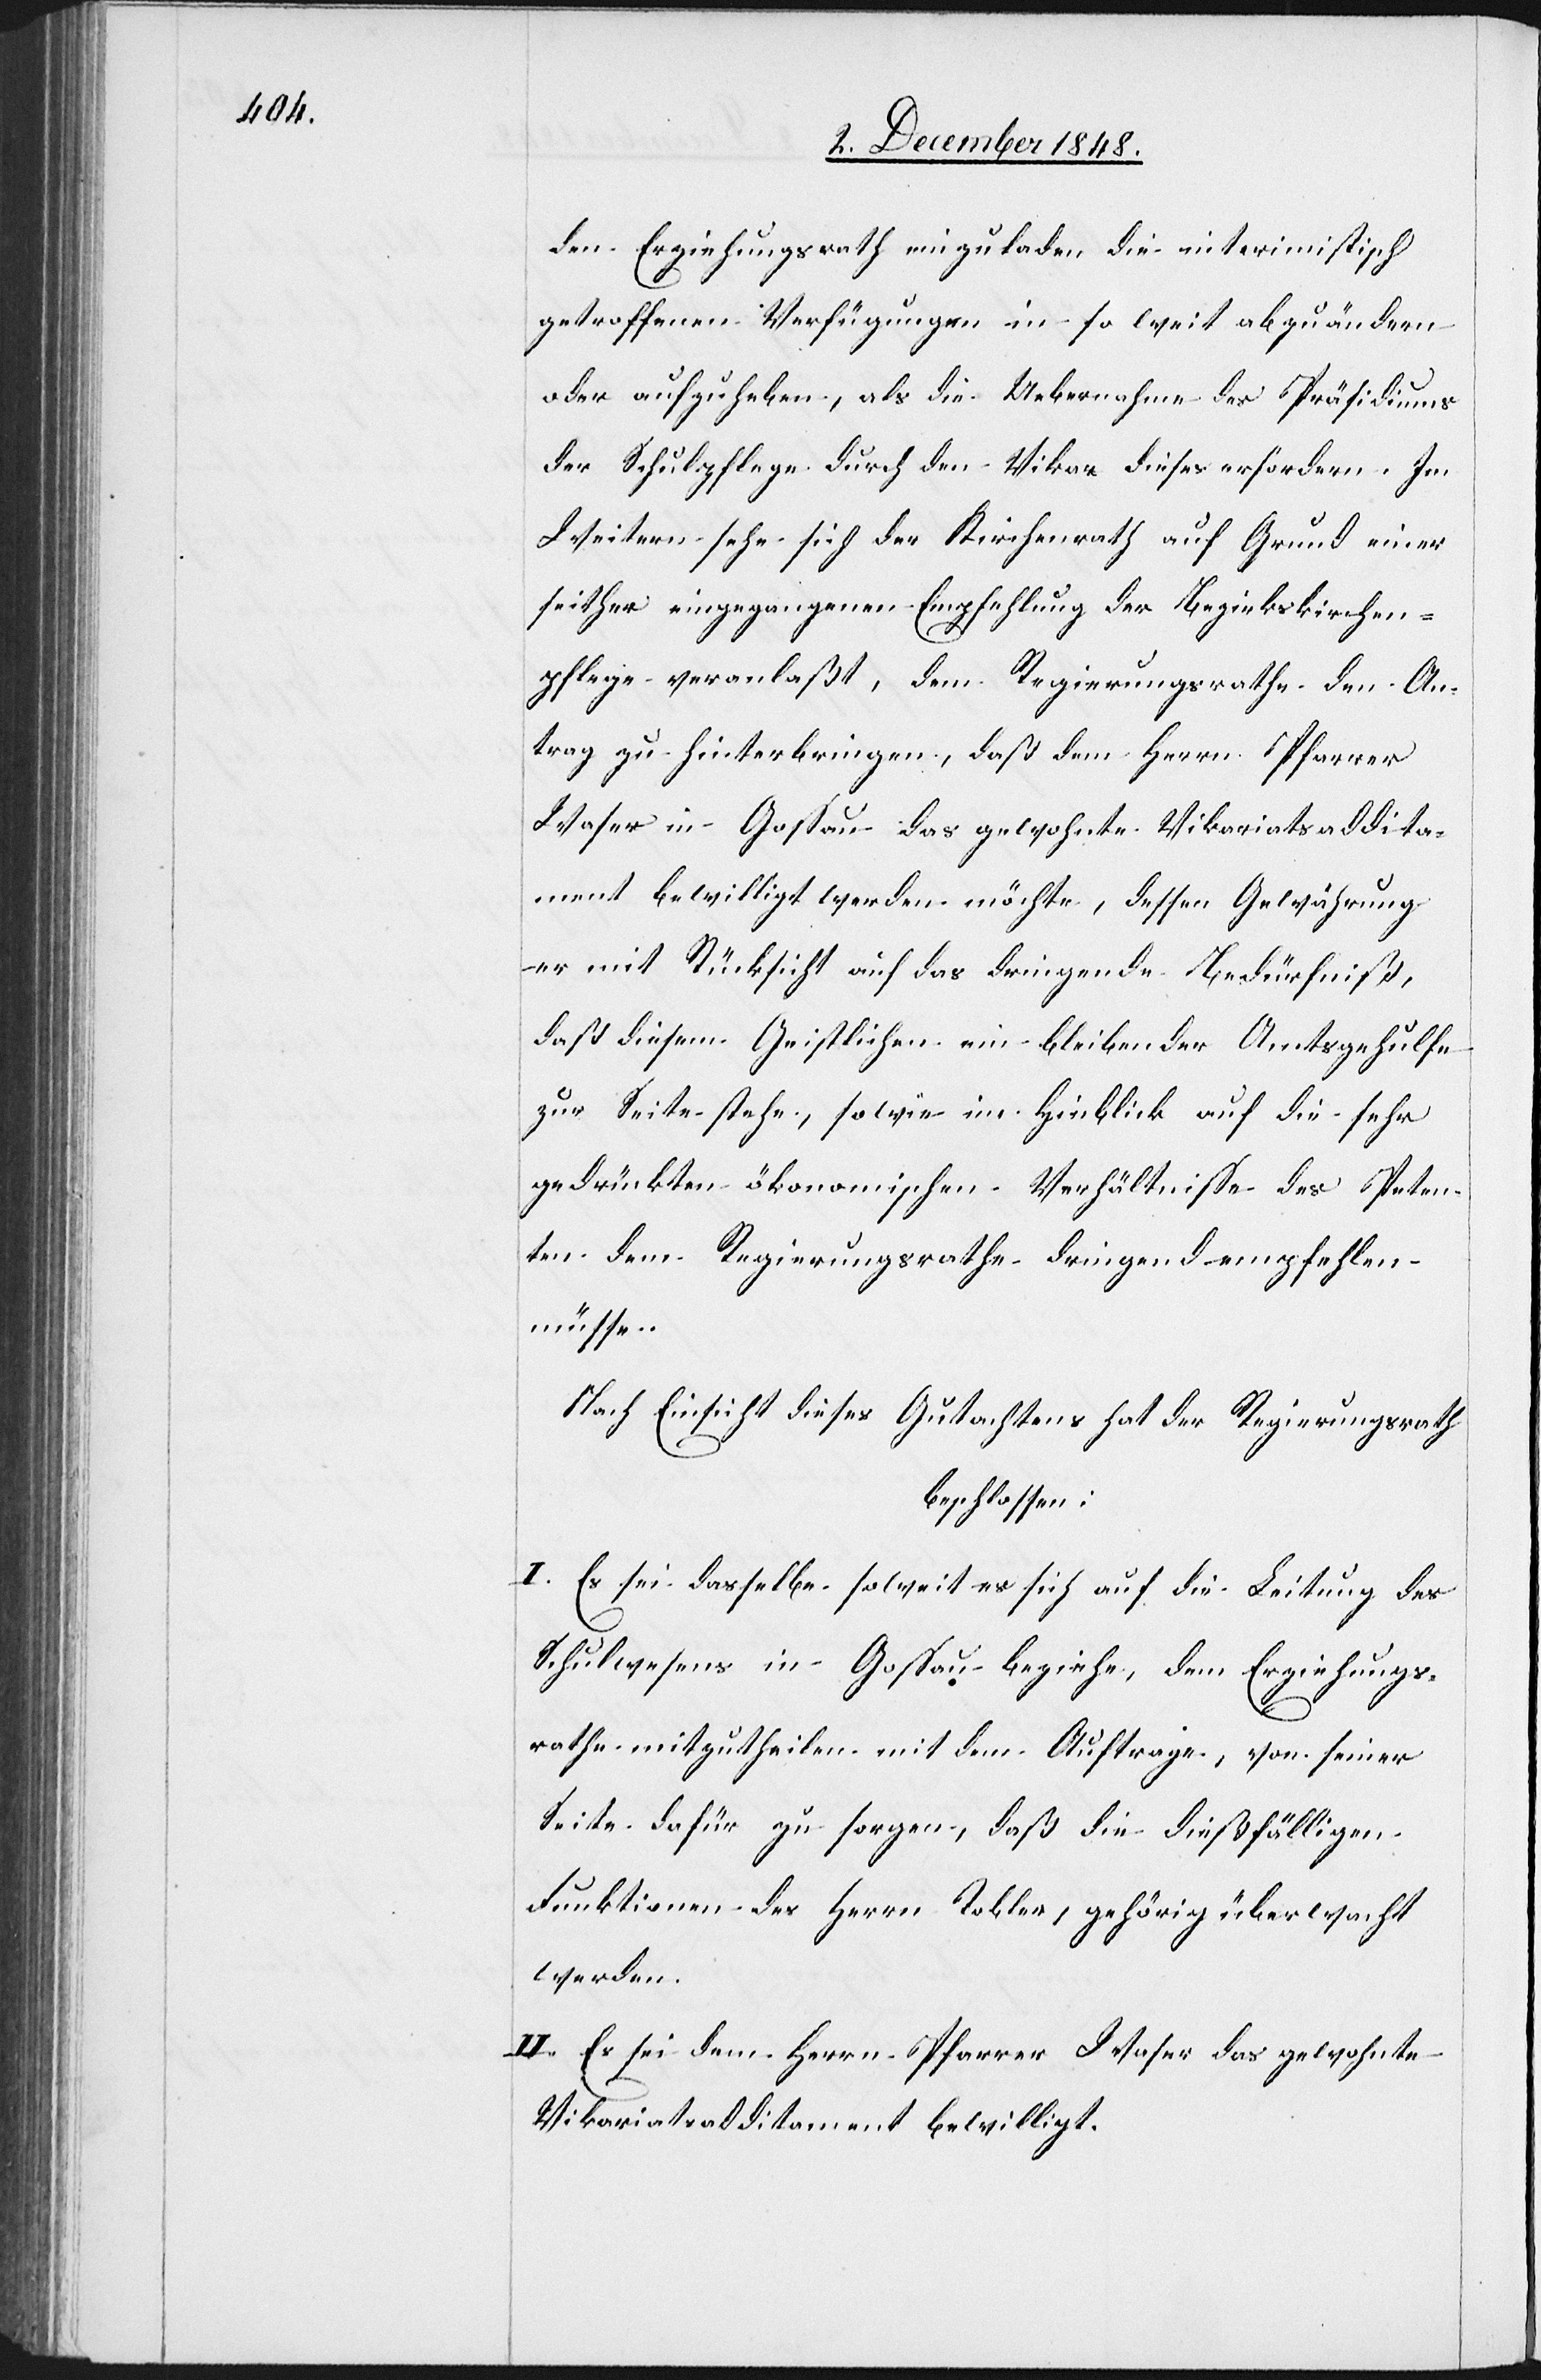
den Erziehungsrath einzuladen die interimistisch
getroffenen Verfügungen in so weit abzuändern
oder aufzuheben, als die Uebernahme des Präsidiums
der Schulpflege durch den Vikar dieses erfordern. Im
Weitern sehe sich der Kirchenrath auf Grund einer
seither eingegangenen Empfehlung der Bezirkskirchen¬
pflege veranlaßt, dem Regierungsrathe den An¬
trag zu hinterbringen, daß dem Herrn Pfarrer
Waser in Gossau das gewohnte Vikariatsaddita¬
ment bewilligt werden möchte, dessen Gewährung
er mit Rücksicht auf das dringende Bedürfniß,
daß diesem Geistlichen ein bleibender Amtsgehulfe
zur Seite stehe, sowie im Hinblick auf die sehr
gedrückten ökonomischen Verhältnisse des Peten¬
ten dem Regierungsrathe dringend empfehlen
müsse.
Nach Einsicht dieses Gutachtens hat der Regierungsrath
beschlossen:
I. Es sei dasselbe soweit es sich auf die Leitung des
Schulwesens in Gossau beziehe, dem Erziehungs¬
rathe mitzutheilen mit dem Auftrage, von seiner
Seite dafür zu sorgen, daß die dießfälligen
Funktionen des Herrn Tobler, gehörig überwacht
werden.
II. Es sei dem Herrn Pfarrer Waser das gewohnte
Vikariatsadditament bewilligt.